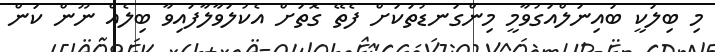
މި ބިލަކީ ބައިނަލްއަގުވާމީ މިންގަނޑުތަކަށް ފެތޭ ގޮތަށް އެކުލަވާލާފައިވާ ބިލެއް ނޫން ކަން